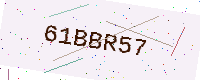
Text: 61BBR57